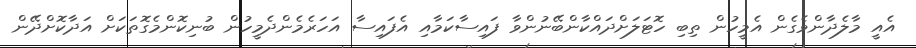
އެއީ މާލެދާންވެގެން އެމީހުން ތިބި ހޮޓަލަށްދައްކާންބޭނުންވާ ފައިސާކަމާއި އެފައިސާ އަހަރެމެންދެމީހުން ބުނިކޮންމެގޮތަކަށް އަދާކޮށްދޭން